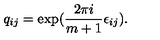
q _ { i j } = \exp ( { \frac { 2 \pi i } { m + 1 } } \epsilon _ { i j } ) .